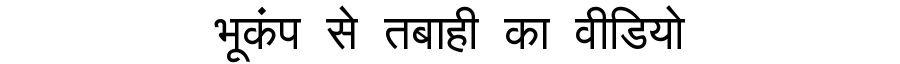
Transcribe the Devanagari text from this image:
भूकंप से तबाही का वीडियो